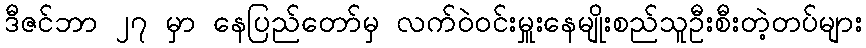
ဒီဇင်ဘာ ၂၇ မှာ နေပြည်တော်မှ လက်ဝဲ၀င်းမှူးနေမျိုးစည်သူဦးစီးတဲ့တပ်များ